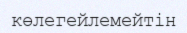
көлегейлемейтін